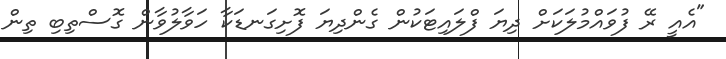
"އެއީ ރޭ ފުވައްމުލަކަށް ދިޔަ ފްލައިޓަކުން ގެންދިޔަ ފޮށިގަނޑަކާ ހަވާލުވާން ގޮސްތިބި ތިން